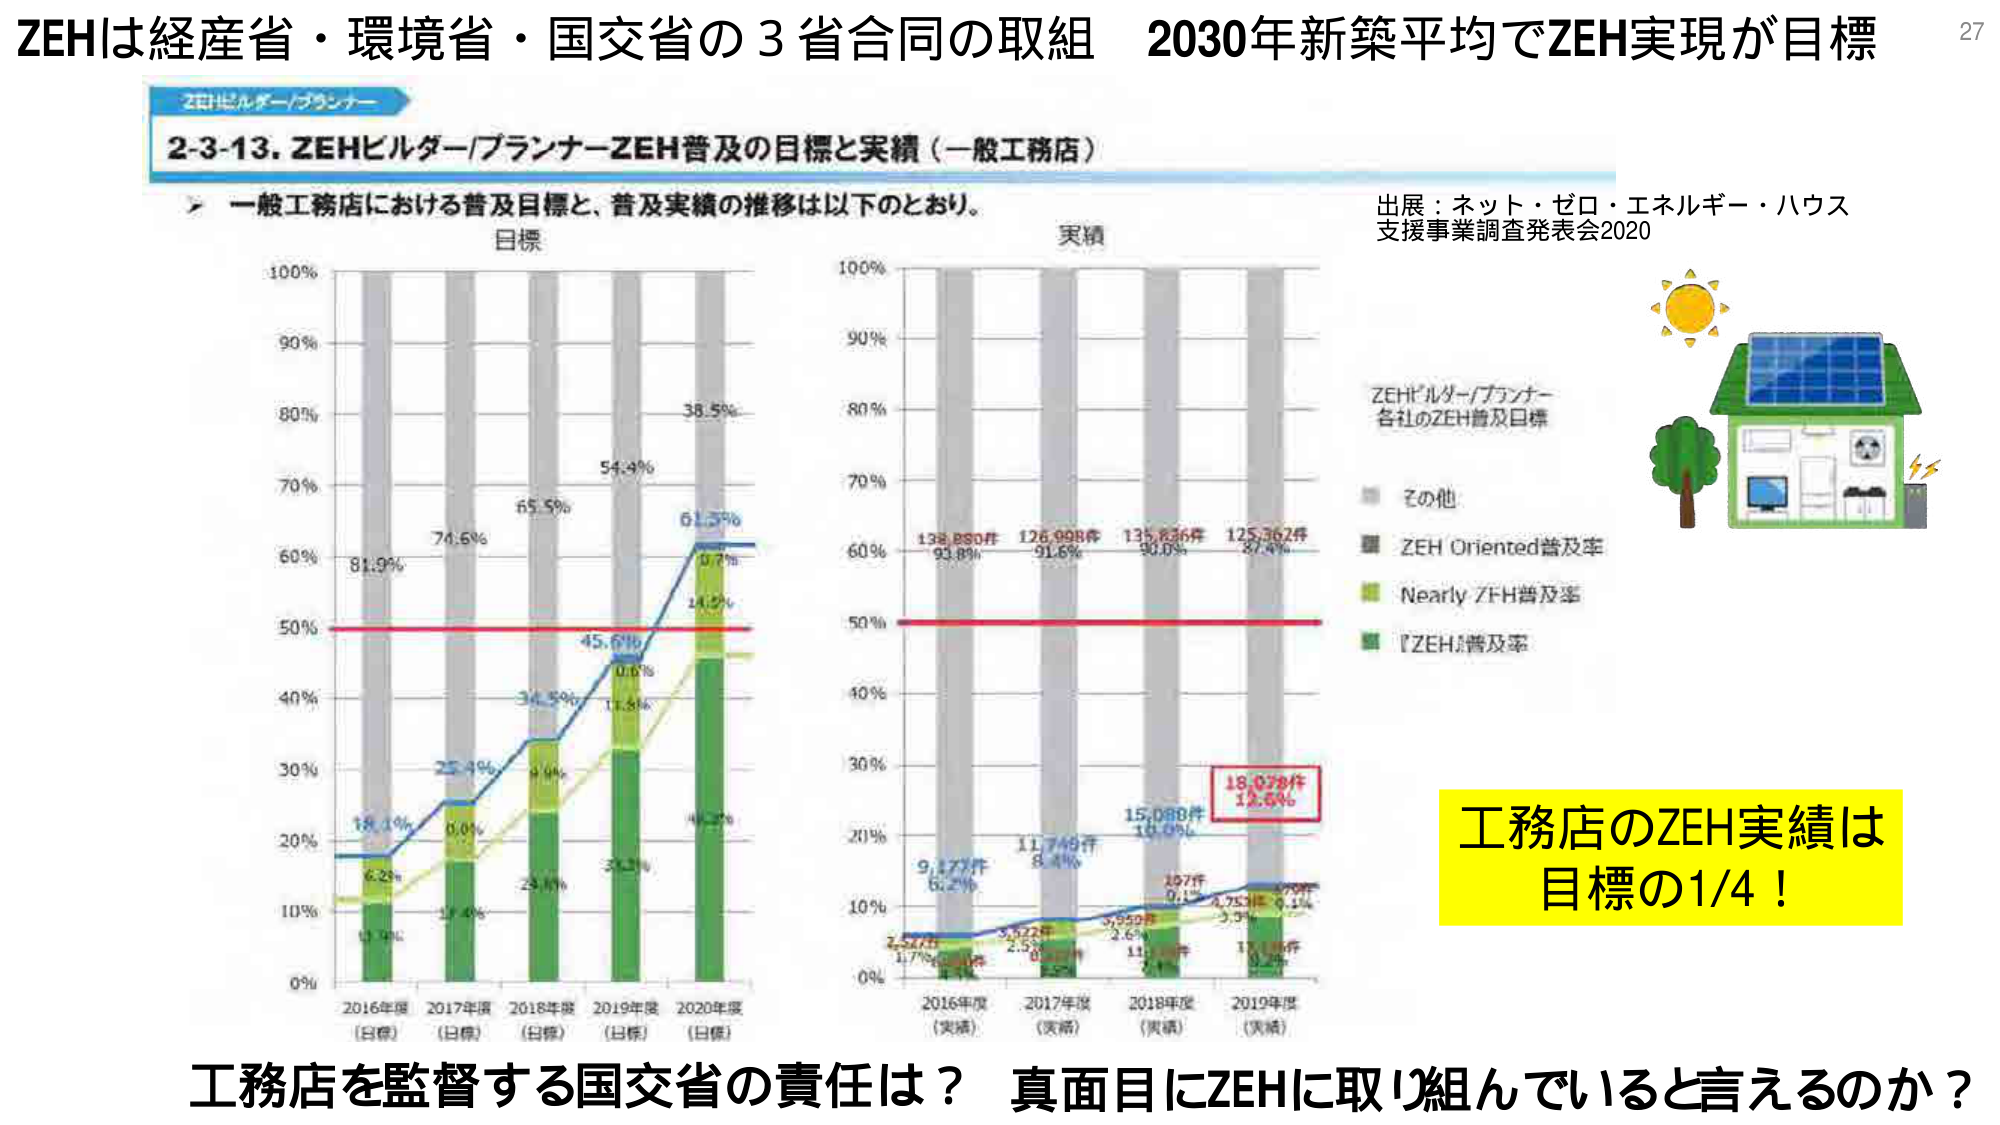
ZEHは経産省・環境省・国交省の3省合同の取組　2030年新築平均でZEH実現が目標

ZEHビルダー/プランナー
2-3-13. ZEHビルダー/プランナーZEH普及の目標と実績（一般工務店）

一般工務店における普及目標と、普及実績の推移は以下のとおり。

目標
100%
90%
80%
70%
60%
50%
40%
30%
20%
10%
0%
2016年度（目標） 2017年度（目標） 2018年度（目標） 2019年度（目標） 2020年度（目標）

81.9%
74.6%
65.5%
54.4%
38.5%
18.3%
0.0%
4.0%
11.5%
14.2%
6.2%
17.4%
29.1%
34.5%
45.6%
61.5%
0.7%
14.2%
14.2%
14.2%
14.2%

実績
100%
90%
80%
70%
60%
50%
40%
30%
20%
10%
0%
2016年度（実績） 2017年度（実績） 2018年度（実績） 2019年度（実績）

138,850件 93.8%
126,998件 91.6%
135,636件 90.0%
125,362件 87.4%
9,477件 6.2%
11,749件 8.4%
15,088件 10.0%
18,078件 12.6%
2,527件 1.7%
3,622件 2.5%
5,559件 3.6%
17,156件 9.2%
157件 0.1%
4,753件 3.3%
1,070件 0.7%

出展：ネット・ゼロ・エネルギー・ハウス
支援事業調査発表会2020

ZEHビルダー/プランナー
各社のZEH普及目標

■ その他
■ ZEH Oriented普及率
■ Nearly ZEH普及率
■ ZEH普及率

工務店のZEH実績は
目標の1/4！

工務店を監督する国交省の責任は？　真面目にZEHに取り組んでいると言えるのか？

27